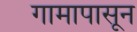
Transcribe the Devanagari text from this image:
गामापासून